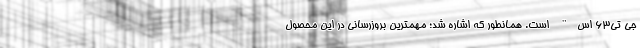
جی تی63 اس" است. همانطور که اشاره شد؛ مهمترین بروزرسانی در این محصول